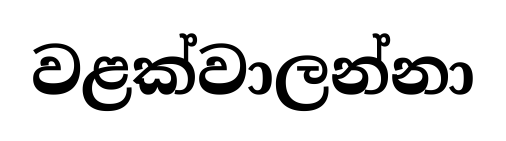
වළක්වාලන්නා